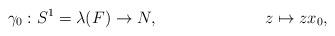
LaTeX: \begin{align*} \gamma_0: S^1=\lambda(F)&\rightarrow N,& z&\mapsto zx_0,\end{align*}